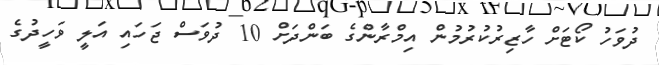
ދުވަހު ކޯޓަށް ހާޒިރުކުރުމުން އިމްރާންގެ ބަންދަށް 10 ދުވަސް ޖަހައި އަލީ ވަހީދުގެ